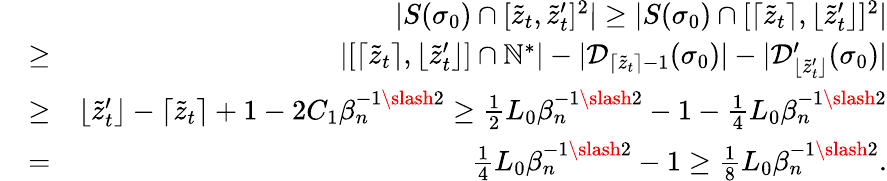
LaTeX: \begin{array}{rlr}&{}&{|S(\sigma_{0})\cap[\tilde{z}_{t},\tilde{z}_{t}^{\prime}]^{2}|\geq|S(\sigma_{0})\cap[\lceil\tilde{z}_{t}\rceil,\lfloor\tilde{z}_{t}^{\prime}\rfloor]^{2}|}\\ &{\geq}&{|[\lceil\tilde{z}_{t}\rceil,\lfloor\tilde{z}_{t}^{\prime}\rfloor]\cap\mathbb{N}^{*}|-|\mathcal{D}_{\lceil\tilde{z}_{t}\rceil-1}(\sigma_{0})|-|\mathcal{D}_{\lfloor\tilde{z}_{t}^{\prime}\rfloor}^{\prime}(\sigma_{0})|}\\ &{\geq}&{\lfloor\tilde{z}_{t}^{\prime}\rfloor-\lceil\tilde{z}_{t}\rceil+1-2C_{1}\beta_{n}^{-1\slash 2}\geq\frac{1}{2}L_{0}\beta_{n}^{-1\slash 2}-1-\frac{1}{4}L_{0}\beta_{n}^{-1\slash 2}}\\ &{=}&{\frac{1}{4}L_{0}\beta_{n}^{-1\slash 2}-1\geq\frac{1}{8}L_{0}\beta_{n}^{-1\slash 2}.}\end{array}